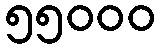
၅၅၀၀၀